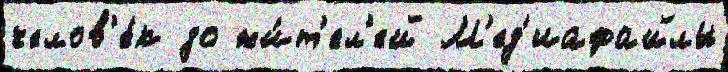
челов'е́к до жи́т'ел'ей М'ед'иафайлы